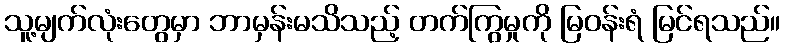
သူ့မျက်လုံးတွေမှာ ဘာမှန်းမသိသည့် တက်ကြွမှုကို မြဝန်းရံ မြင်ရသည်။